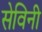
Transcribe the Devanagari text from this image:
सेविनी